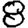
Digit: 8